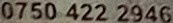
0750 422 2946